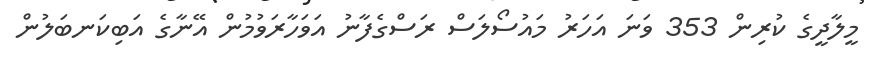
މީލާދީގެ ކުރިން 353 ވަނަ އަހަރު މައުސޯލަސް ރަސްގެފާނު އަވަހާރަވުމުން އޭނާގެ އަބިކަނބަލުން